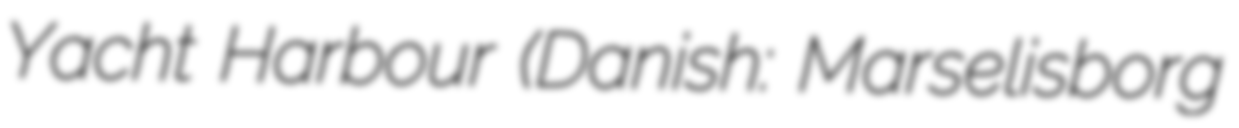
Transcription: Yacht Harbour (Danish: Marselisborg